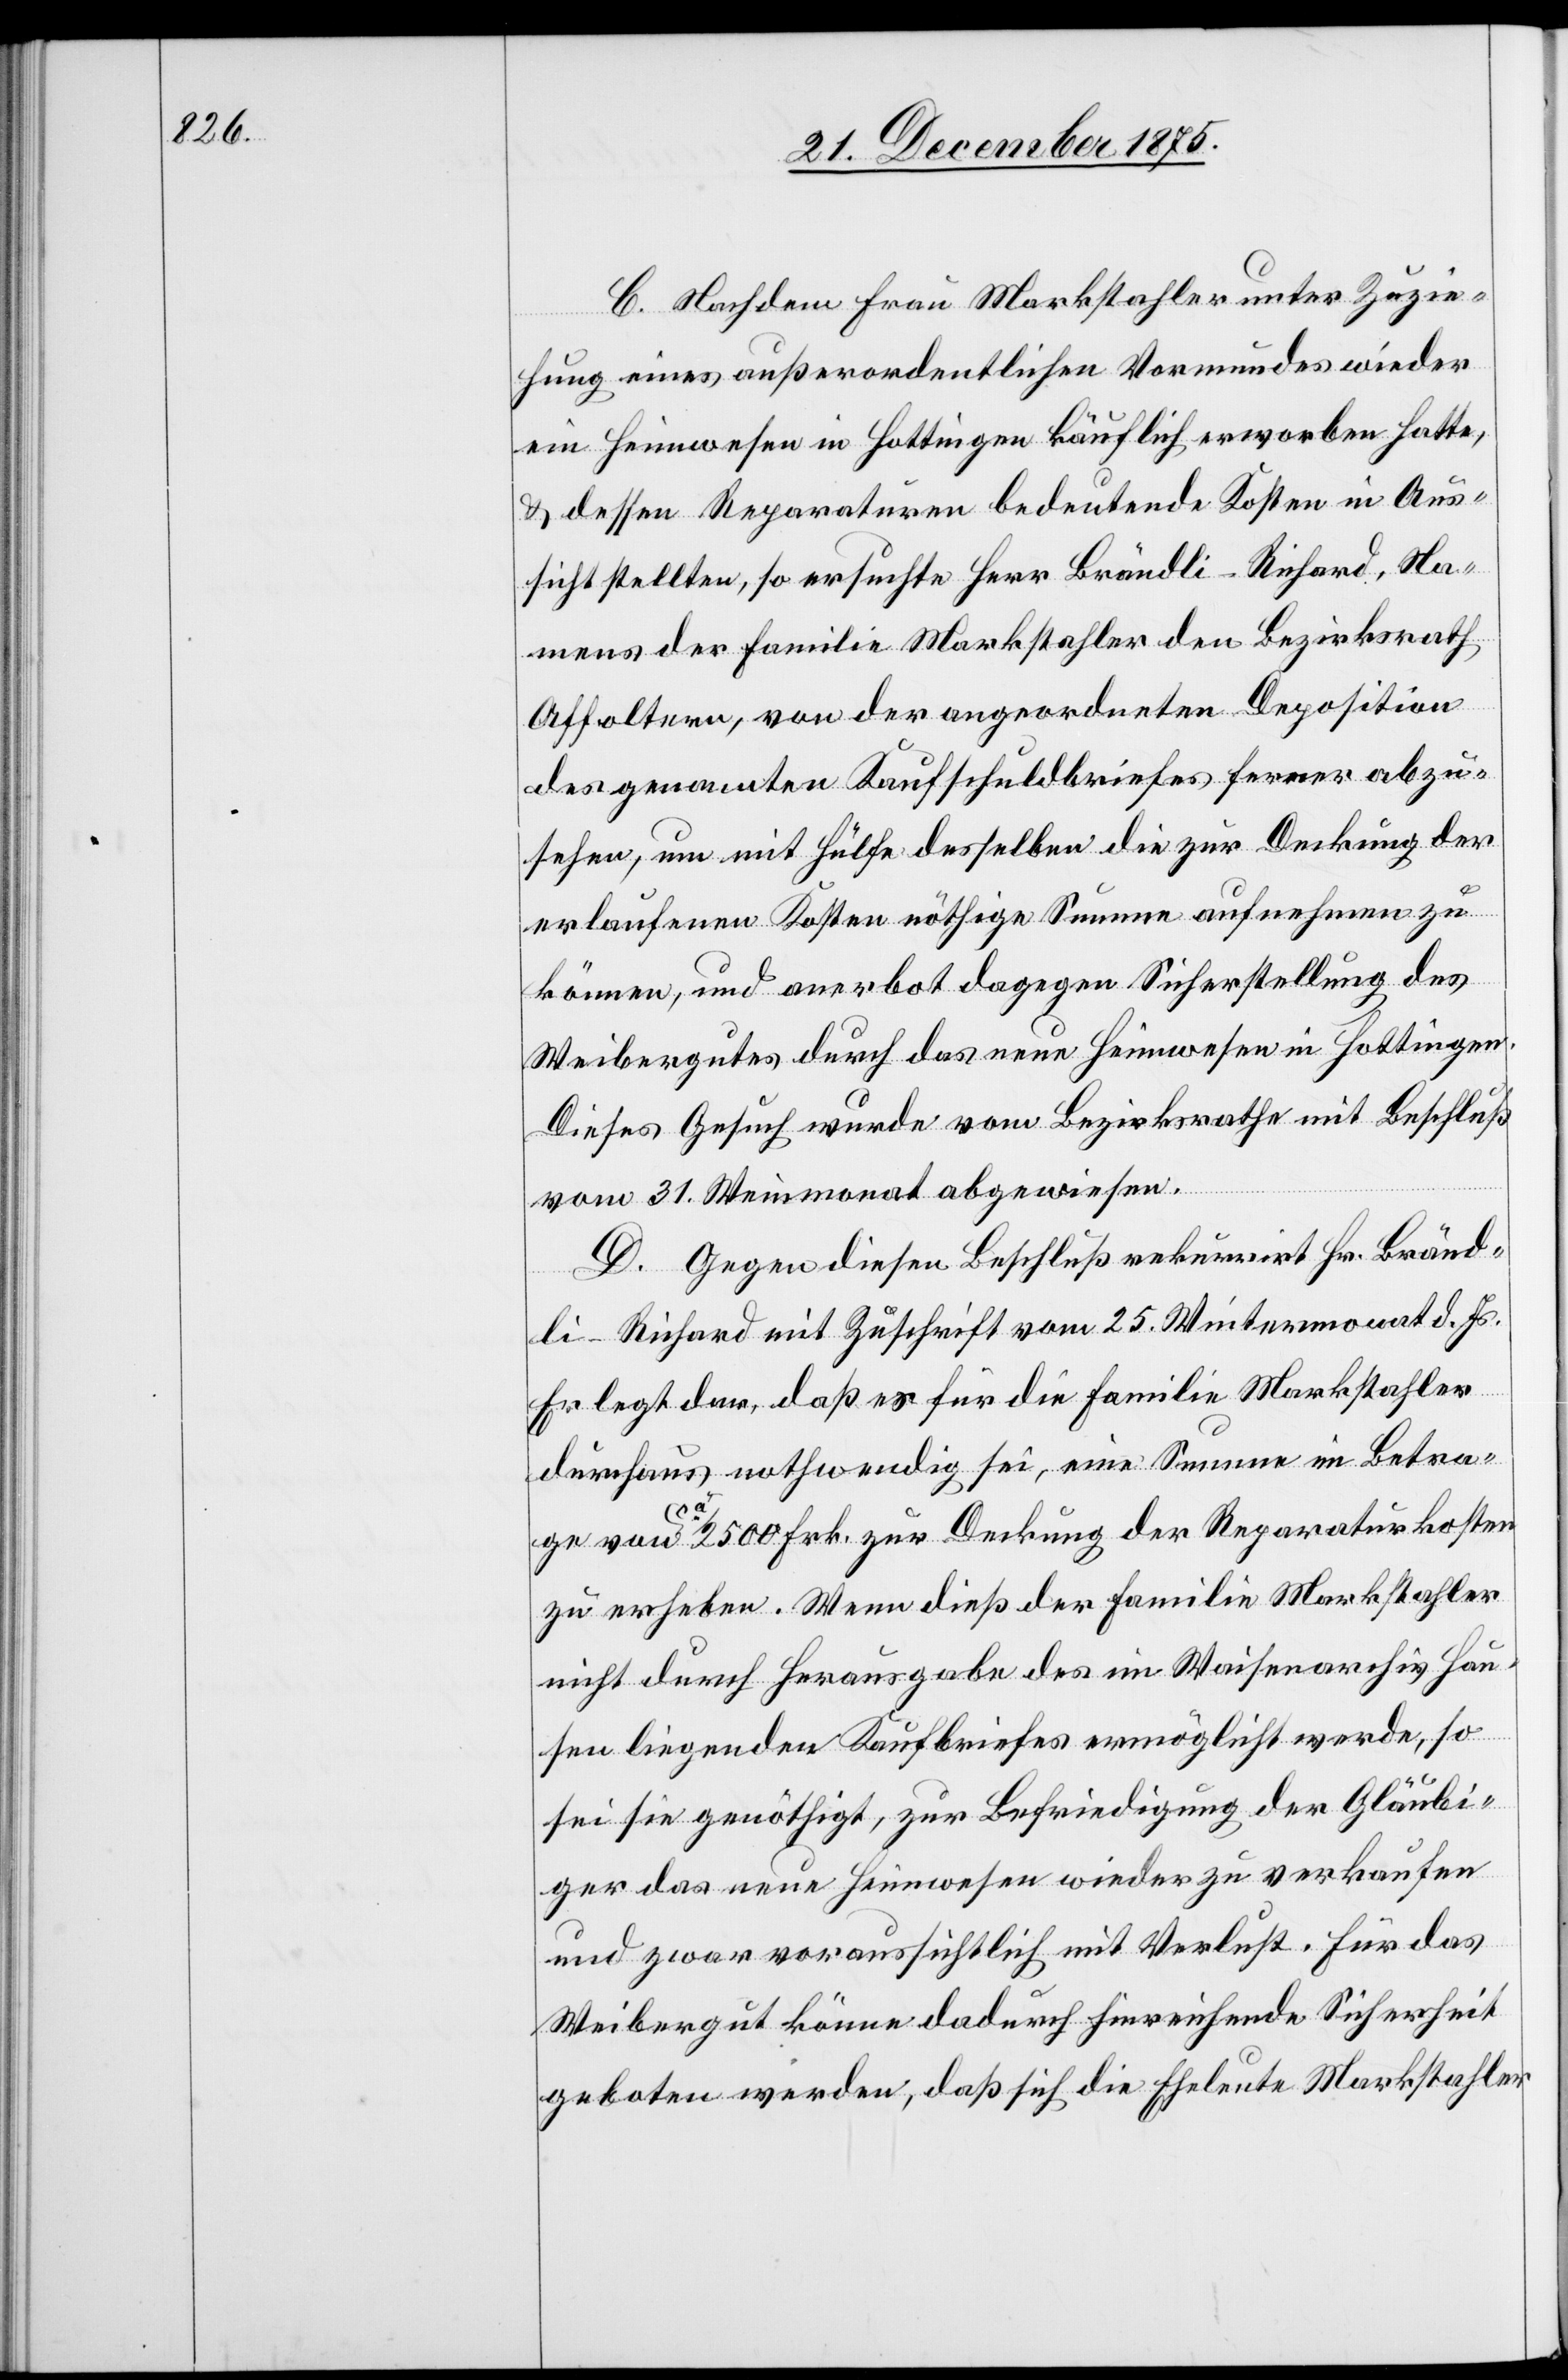
C. Nachdem Frau Markstahler unter Zuzie¬
hung eines außerordentlichen Vormundes wieder
ein Heimwesen in Hottingen käuflich erworben hatte,
& dessen Reparaturen bedeutende Kosten in Aus¬
sicht stellten, so ersuchte Herr Brändli-Richard, Na¬
mens der Familie Markstahler den Bezirksrath
Affoltern, von der angeordneten Deposition
des genannten Kaufschuldbriefes ferner abzu¬
sehen, um mit Hülfe desselben die zur Deckung der
erlaufenen Kosten nöthige Summe aufnehmen zu
können und anerbot dagegen Sicherstellung des
Weibergutes durch das neue Heimwesen in Hottingen.
Dieses Gesuch wurde vom Bezirksrathe mit Beschluß
vom 31. Weinmonat abgewiesen.
D. Gegen diesen Beschluß rekurrirt Hr. Bränd¬
li-Richard mit Zuschrift vom 25. Wintermonat d. Js.
Er legt dar, daß es für die Familie Markstahler
durchaus nothwendig sei, eine Summe im Betra¬
ge von ca 2500 Frk. zur Deckung der Reparaturkosten
zu erheben. Wenn dieß der Familie Markstahler
nicht durch Herausgabe des im Waisenarchiv Hau¬
sen liegenden Kaufbriefes ermöglicht werde, so
sei sie genöthigt, zur Befriedung der Gläubi¬
ger das neue Heimwesen wieder zu verkaufen
und zwar voraussichtlich mit Verlust. Für das
Weibergut könne dadurch hinreichende Sicherheit
geboten werden, daß sich die Eheleute Markstahler